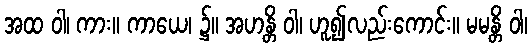
အထ ဝါ၊ ကား။ ကာယေ၊ ၌။ အဟန္တိ ဝါ၊ ဟူ၍လည်းကောင်း။ မမန္တိ ဝါ၊